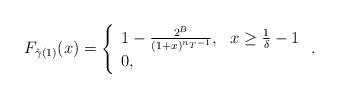
LaTeX: \begin{align*}F_{\hat{\gamma}(1)}(x) = \left\{ \begin{array}{ll} 1-\frac{2^B}{(1+x)^{n_T-1}}, &x\geq \frac{1}{\delta}-1 \\0, &\end{array}\right..\end{align*}